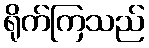
ရိုက်ကြသည်